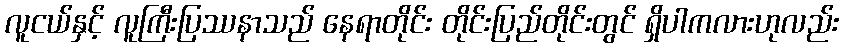
လူငယ်နှင့် လူကြီးပြဿနာသည် နေရာတိုင်း တိုင်းပြည်တိုင်းတွင် ရှိပါကလားဟုလည်း